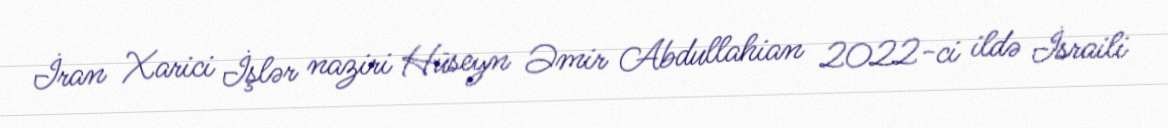
İran Xarici İşlər naziri Hüseyn Əmir Abdullahian 2022-ci ildə İsraili